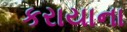
કરાયાના